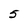
Character: 5